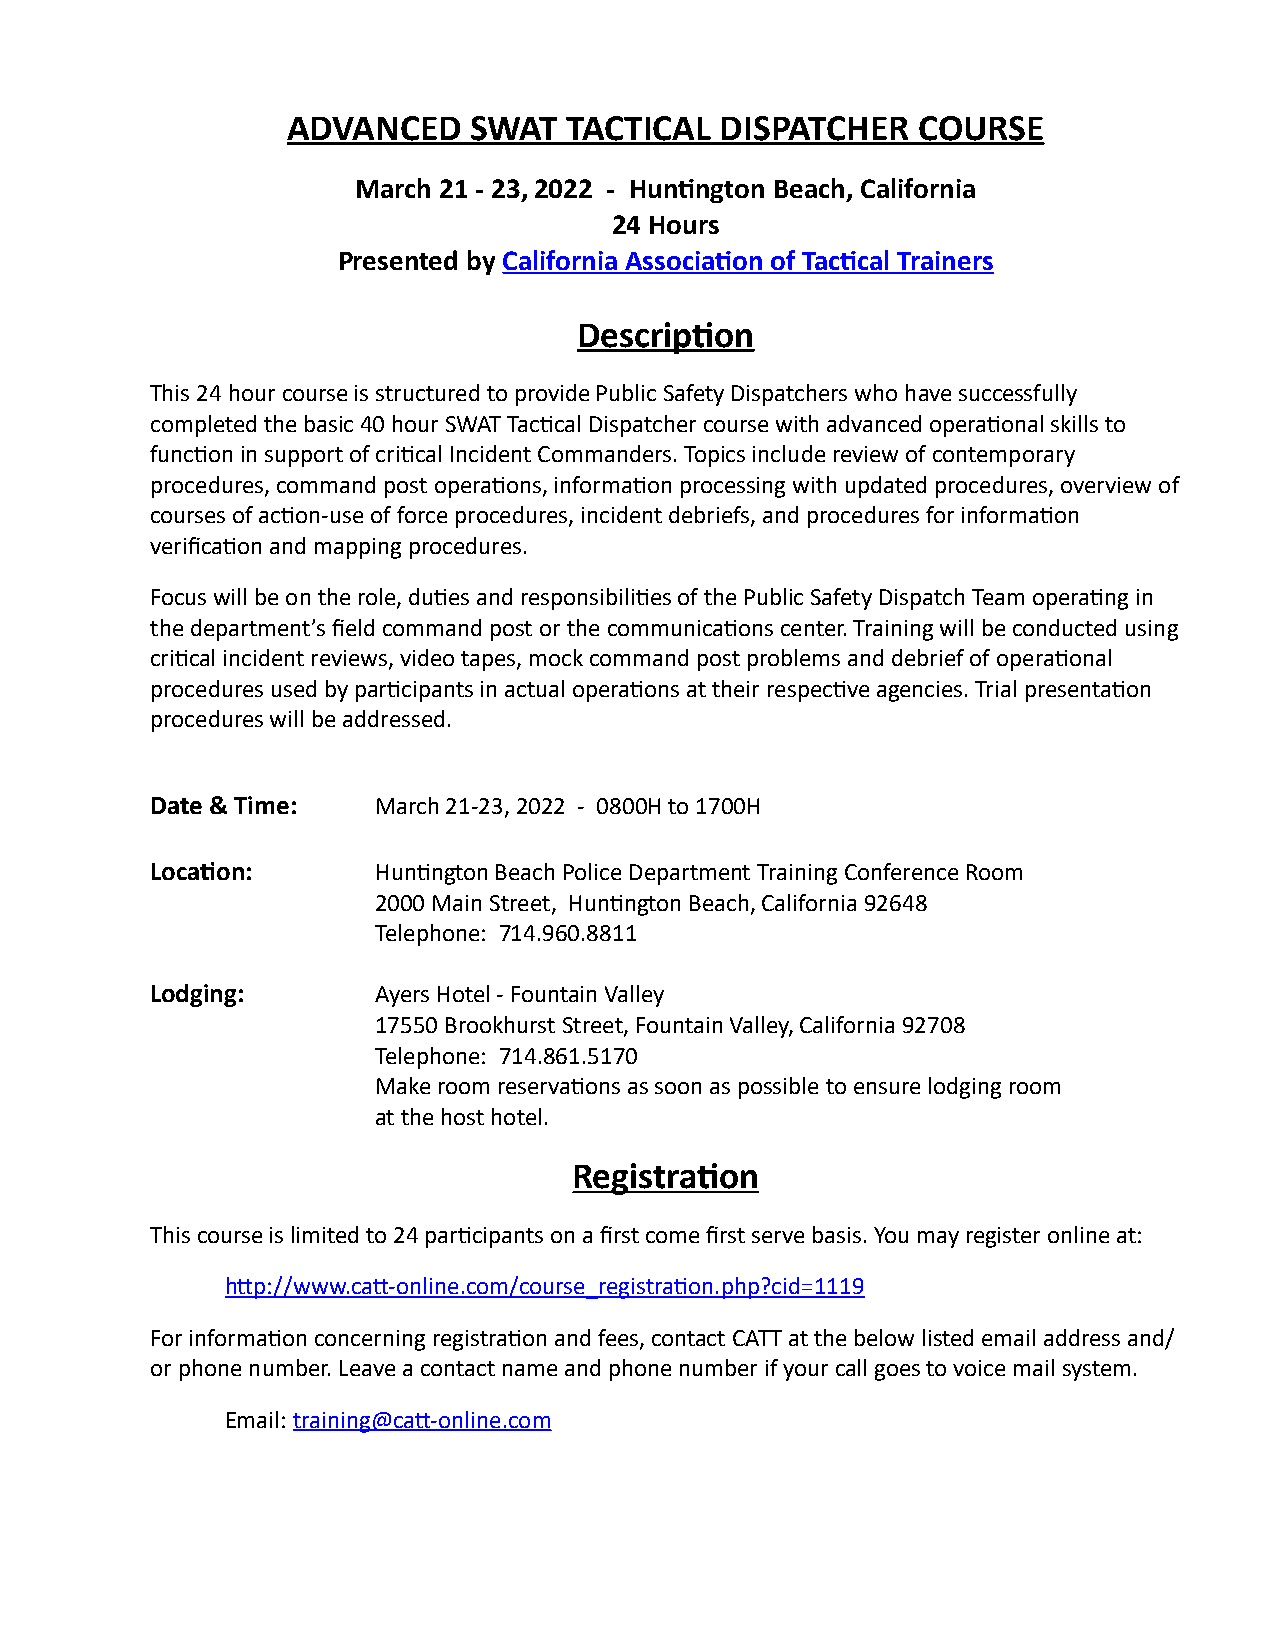
ADVANCED    SWAT   TACTICAL  DISPATCHER   COURSE
 March 21 - 23, 2022 - Huntington Beach, California
 24 Hours
 Presented by California Association of Tactical Trainers
 Description
 This 24 hour course is structured to provide Public Safety Dispatchers who have successfully
 completed the basic 40 hour SWAT Tactical Dispatcher course with advanced operational skills to
 function in support of critical Incident Commanders. Topics include review of contemporary
 procedures, command post operations, information processing with updated procedures, overview of
 courses of action-use of force procedures, incident debriefs, and procedures for information
 verification and mapping procedures.
 Focus will be on the role, duties and responsibilities of the Public Safety Dispatch Team operating in
 the department’s field command post or the communications center. Training will be conducted using
 critical incident reviews, video tapes, mock command post problems and debrief of operational
 procedures used by participants in actual operations at their respective agencies.Trial presentation
 procedures will be addressed.
 Date & Time:   March 21-23, 2022 - 0800H to 1700H
 Location:      Huntington Beach Police Department Training Conference Room
 2000 Main Street, Huntington Beach, California 92648
 Telephone: 714.960.8811
 Lodging:       Ayers Hotel - Fountain Valley
 17550 Brookhurst Street, Fountain Valley, California 92708
 Telephone: 714.861.5170
 Make room reservations as soon as possible to ensure lodging room
 at the host hotel.
 Registration
 This course is limited to 24 participants on a first come first serve basis. You may register online at:
 http://www.catt-online.com/course_registration.php?cid=1119
 For information concerning registration and fees, contact CATT at the below listed email address and/
 or phone number. Leave a contact name and phone number if your call goes to voice mail system.
 Email: training@catt-online.com